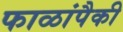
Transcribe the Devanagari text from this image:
फाळांपैकी